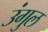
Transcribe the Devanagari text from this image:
उंगुल